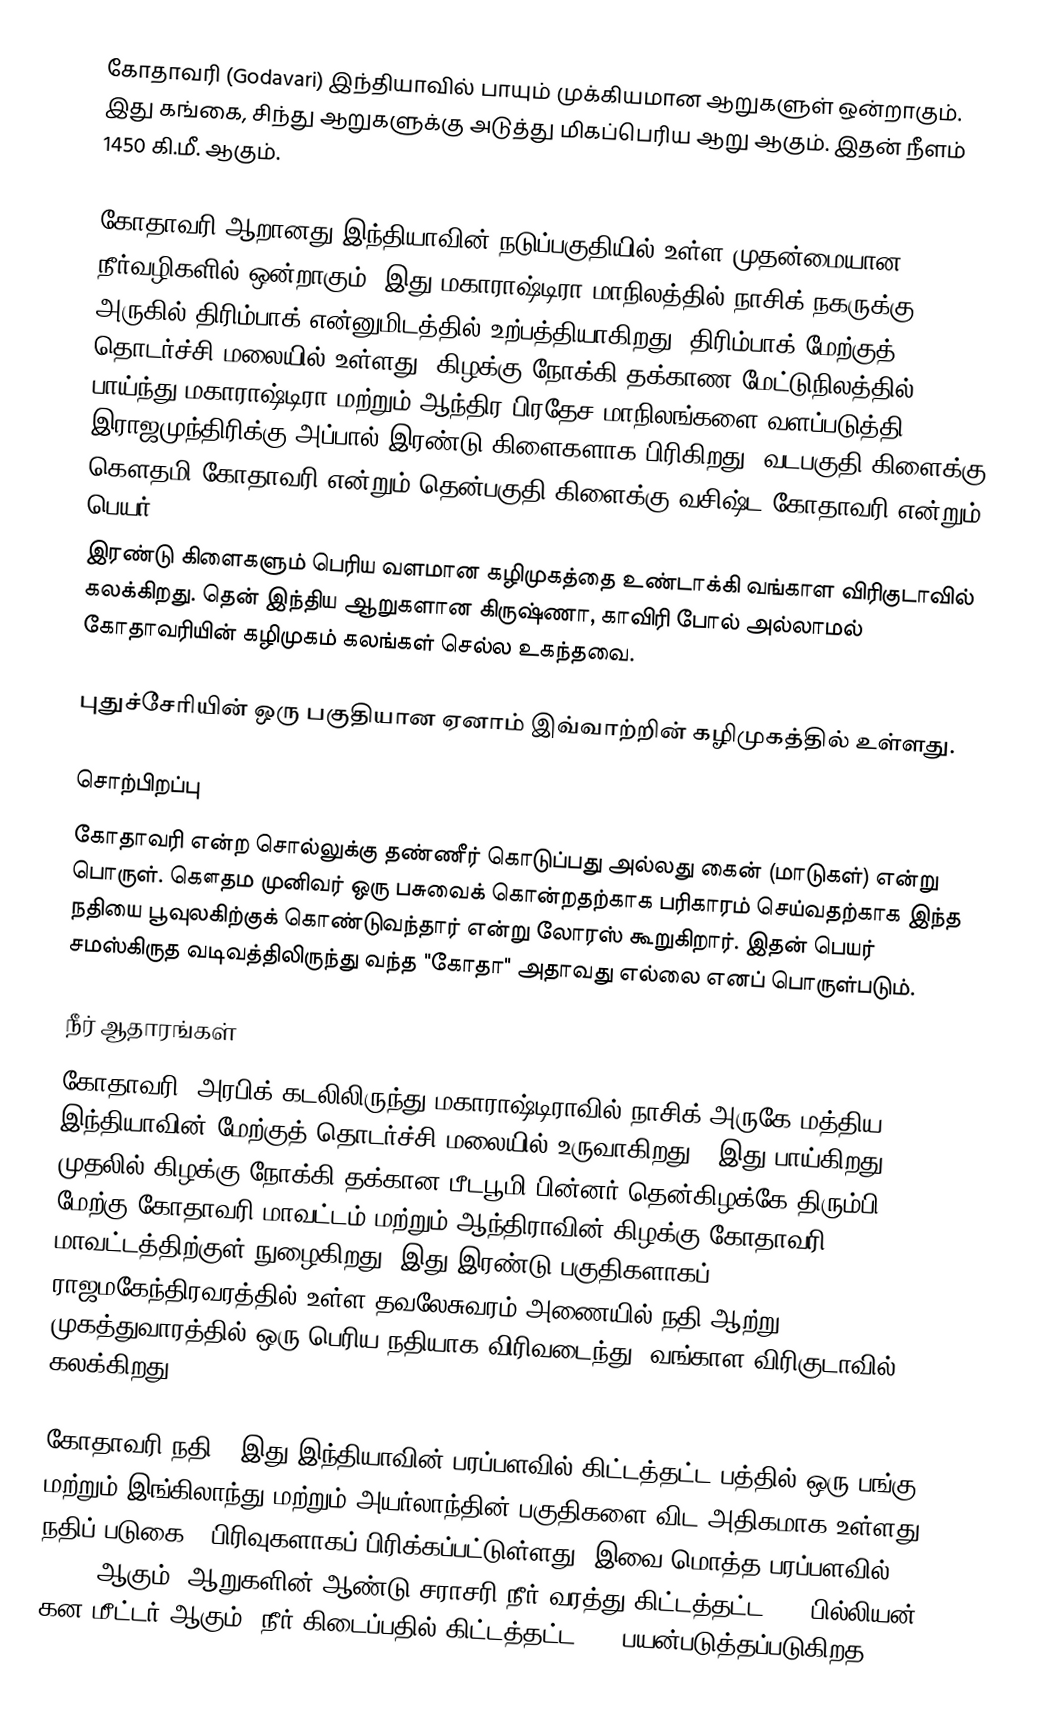
கோதாவரி  (Godavari)  இந்தியாவில் பாயும் முக்கியமான ஆறுகளுள் ஒன்றாகும். இது கங்கை, சிந்து ஆறுகளுக்கு அடுத்து மிகப்பெரிய ஆறு ஆகும். இதன் நீளம் 1450 கி.மீ. ஆகும்.

கோதாவரி ஆறானது இந்தியாவின் நடுப்பகுதியில் உள்ள முதன்மையான நீர்வழிகளில் ஒன்றாகும். இது மகாராஷ்டிரா மாநிலத்தில் நாசிக் நகருக்கு அருகில் திரிம்பாக் என்னுமிடத்தில் உற்பத்தியாகிறது. திரிம்பாக் மேற்குத் தொடர்ச்சி மலையில் உள்ளது. கிழக்கு நோக்கி தக்காண மேட்டுநிலத்தில் பாய்ந்து மகாராஷ்டிரா மற்றும் ஆந்திர பிரதேச மாநிலங்களை வளப்படுத்தி இராஜமுந்திரிக்கு அப்பால் இரண்டு கிளைகளாக பிரிகிறது. வடபகுதி கிளைக்கு கௌதமி கோதாவரி என்றும் தென்பகுதி கிளைக்கு வசிஷ்ட கோதாவரி என்றும் பெயர்.
இரண்டு கிளைகளும் பெரிய வளமான கழிமுகத்தை உண்டாக்கி வங்காள விரிகுடாவில் கலக்கிறது. தென் இந்திய ஆறுகளான கிருஷ்ணா, காவிரி போல் அல்லாமல் கோதாவரியின் கழிமுகம் கலங்கள் செல்ல உகந்தவை.

புதுச்சேரியின் ஒரு பகுதியான ஏனாம் இவ்வாற்றின் கழிமுகத்தில் உள்ளது.

சொற்பிறப்பு
கோதாவரி என்ற சொல்லுக்கு தண்ணீர் கொடுப்பது அல்லது கைன் (மாடுகள்)  என்று பொருள். கௌதம முனிவர் ஒரு பசுவைக் கொன்றதற்காக பரிகாரம் செய்வதற்காக இந்த நதியை பூவுலகிற்குக் கொண்டுவந்தார் என்று லோரஸ் கூறுகிறார். இதன் பெயர் சமஸ்கிருத வடிவத்திலிருந்து வந்த "கோதா" அதாவது  எல்லை எனப் பொருள்படும்.

நீர் ஆதாரங்கள்
கோதாவரி ,அரபிக் கடலிலிருந்து  மகாராஷ்டிராவில் நாசிக் அருகே மத்திய இந்தியாவின் மேற்குத் தொடர்ச்சி மலையில் உருவாகிறது . இது  பாய்கிறது    , முதலில் கிழக்கு நோக்கி தக்கான பீடபூமி பின்னர் தென்கிழக்கே திரும்பி, மேற்கு கோதாவரி மாவட்டம் மற்றும் ஆந்திராவின் கிழக்கு கோதாவரி மாவட்டத்திற்குள் நுழைகிறது, இது இரண்டு பகுதிகளாகப், ராஜமகேந்திரவரத்தில் உள்ள தவலேசுவரம் அணையில்  நதி ஆற்று முகத்துவாரத்தில் ஒரு பெரிய நதியாக விரிவடைந்து, வங்காள விரிகுடாவில் கலக்கிறது.

கோதாவரி நதி         , இது இந்தியாவின் பரப்பளவில் கிட்டத்தட்ட பத்தில் ஒரு பங்கு மற்றும் இங்கிலாந்து மற்றும் அயர்லாந்தின் பகுதிகளை விட அதிகமாக உள்ளது. நதிப் படுகை 3 பிரிவுகளாகப் பிரிக்கப்பட்டுள்ளது. இவை மொத்த  பரப்பளவில் 24.2% ஆகும். ஆறுகளின் ஆண்டு சராசரி நீர் வரத்து கிட்டத்தட்ட 110 பில்லியன் கன மீட்டர் ஆகும். நீர் கிடைப்பதில் கிட்டத்தட்ட 50% பயன்படுத்தப்படுகிறத